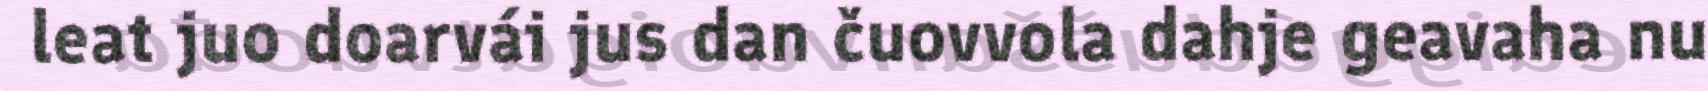
leat juo doarvái jus dan čuovvola dahje geavaha nu